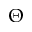
\Theta